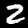
Label: 2